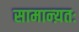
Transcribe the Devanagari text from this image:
सामान्य़तः